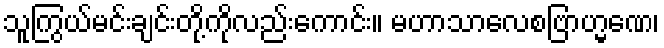
သူကြွယ်မင်းချင်းတို့ကိုလည်းကောင်း။ မဟာသာလေစဗြာဟ္မဏေ၊